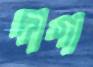
দাগা